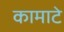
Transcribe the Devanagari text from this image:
कामाटे